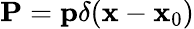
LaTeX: \mathbf{P}=\mathbf{p}\delta(\mathbf{x}-\mathbf{x}_{0})